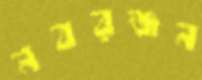
নবরঞ্জন